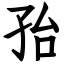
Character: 孡